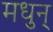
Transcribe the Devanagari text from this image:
मधुन्